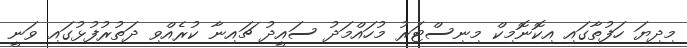
މިދިޔަ ހަފުތާގައި އިކޮނޮމިކް މިނިސްޓަރު މުހައްމަދު ސައީދު ޗައިނާ ކުރެއްވި ދަތުރުފުޅުގައި ވަނީ